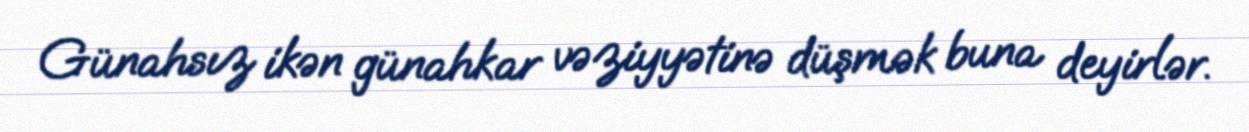
Günahsız ikən günahkar vəziyyətinə düşmək buna deyirlər.